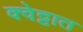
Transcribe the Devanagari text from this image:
क्वेट्टात